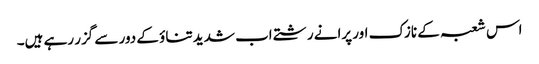
اس شعبہ کے نازک اور پرانے رشتے اب شدید تناؤ کے دور سے گزر رہے ہیں۔